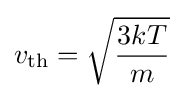
v_{\mathrm {th} }={\sqrt {\frac {3kT}{m}}}